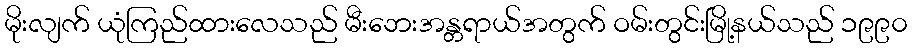
မိုးလျက် ယုံကြည်ထားလေသည် မီးဘေးအန္တရာယ်အတွက် ဝမ်းတွင်းမြို့နယ်သည် ၁၉၉၀